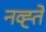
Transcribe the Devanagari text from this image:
नव्ह्ते